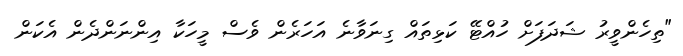
"ތިހެންވީރު ޝަދަފަށް ހުއްޓޭ ކަޅިތައް ގިނަވާނެ އަހަރެން ވެސް މީހަކާ އިންނަންދެން އެކަން